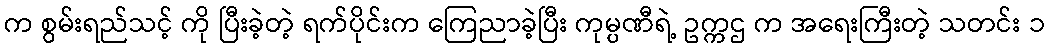
က စွမ်းရည်သင့် ကို ပြီးခဲ့တဲ့ ရက်ပိုင်းက ကြေညာခဲ့ပြီး ကုမ္ပဏီရဲ့ ဥက္ကဌ က အရေးကြီးတဲ့ သတင်း ၁